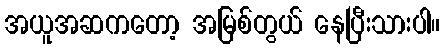
အယူအဆကတော့ အမြစ်တွယ် နေပြီးသားပါ။